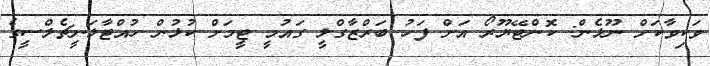
ވަކިވާކަށް ނޫޅެން: ކޮންޓޭޔޫރޯ އަށް ފަހު ބަރްޒާގްލީ ގައުމީ ޓީމަށް ކުޅުން ހުއްޓާލަނީޗެލްސީގެ